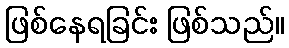
ဖြစ်နေရခြင်း ဖြစ်သည်။